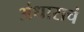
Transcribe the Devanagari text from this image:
अंधाराचं